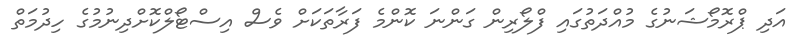
އަދި ޕްރޮމޯޝަނުގެ މުއްދަތުގައި ފްލޯރިން ގަންނަ ކޮންމެ ފަރާތަކަށް ވެސް އިސްޓޯލްކޮށްދިނުމުގެ ހިދުމަތް